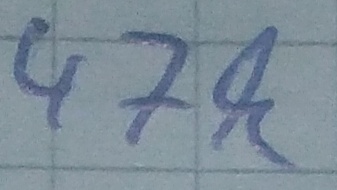
Text: 47k